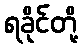
ရခိုင်တို့